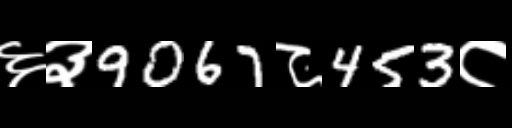
Text: ६३9067८453८